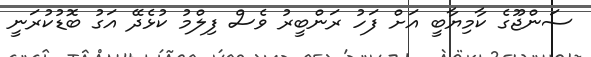
ސަންޖޫގެ ކާމިޔާބީ އަށް ފަހު ރަންބީރު ވެސް ފިލްމު ކުޅެދޭ އަގު ބޮޑުކުރަނީ